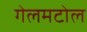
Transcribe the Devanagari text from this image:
गेलमटोल